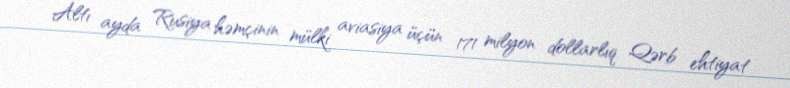
Altı ayda Rusiya həmçinin mülki aviasiya üçün 171 milyon dollarlıq Qərb ehtiyat